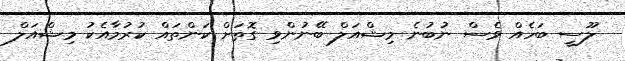
ލޫސީ ބަހެއް ވެސް ނުބުނެ މިޝްއަލް ބޭނުންވި ގޮތަށް ކަންތައް ކުރުމާއެކު މިޝްއަލް